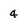
Character: 4